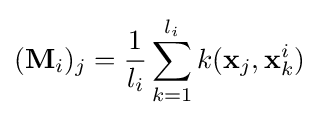
(\mathbf {M} _{i})_{j}={\frac {1}{l_{i}}}\sum _{k=1}^{l_{i}}k(\mathbf {x} _{j},\mathbf {x} _{k}^{i})